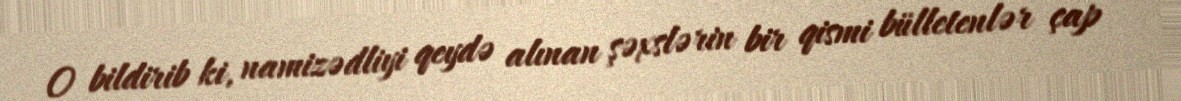
O bildirib ki, namizədliyi qeydə alınan şəxslərin bir qismi bülletenlər çap